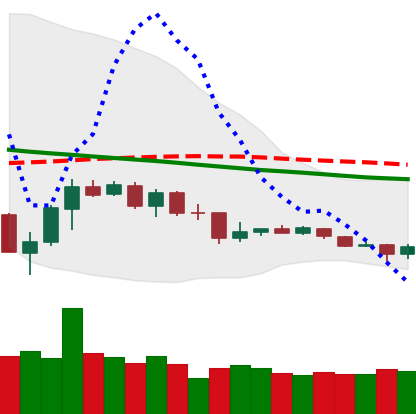
Ticker: TRX-USD
Chart end date: 2019-12-13
Forward return: -5.121%
Label: down_5_7